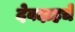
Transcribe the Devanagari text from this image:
देवदाहचे